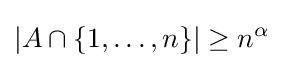
|A\cap \{1,\ldots ,n\}|\geq n^{\alpha }